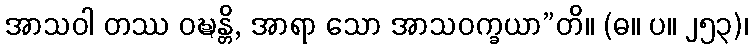
အာသဝါ တဿ ဝဍ္ဎန္တိ, အာရာ သော အာသဝက္ခယာ”တိ။ (ဓ။ ပ။ ၂၅၃)၊